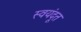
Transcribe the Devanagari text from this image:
स्वयंदूत